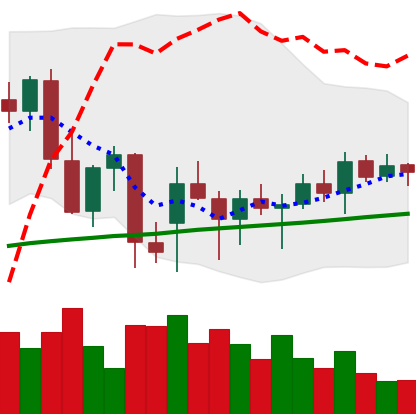
Ticker: ETH-USD
Chart end date: 2021-12-26
Forward return: -9.458%
Label: down_7plus